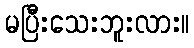
မပြီးသေးဘူးလား။